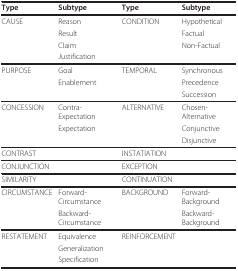
| Type | Subtype | Type | Subtype |
 | --- | --- | --- | --- |
 | CAUSE | Reason | CONDITION | Hypothetical |
 |  | Result |  | Factual |
 |  | Claim |  | Non-Factual |
 |  | Justification |  |  |
 | PURPOSE | Goal | TEMPORAL | Synchronous |
 |  | Enablement |  | Precedence |
 |  |  |  | Succession |
 | CONCESSION | Contra-Expectation | ALTERNATIVE | Chosen-Alternative |
 |  | Expectation |  | Conjunctive |
 |  |  |  | Disjunctive |
 | CONTRAST |  | INSTATIATION |  |
 | CONJUNCTION |  | EXCEPTION |  |
 | SIMILARITY |  | CONTINUATION |  |
 | CIRCUMSTANCE | Forward-Circumstance | BACKGROUND | Forward-Background |
 |  | Backward-Circumstance |  | Backward-Background |
 | RESTATEMENT | Equivalence | REINFORCEMENT |  |
 |  | Generalization |  |  |
 |  | Specification |  |  |